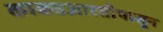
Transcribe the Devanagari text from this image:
काकडआरतीपासून